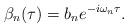
LaTeX: \begin{align*}\beta_{n}(\tau) = b_n e^{-i \omega_n \tau}.\end{align*}